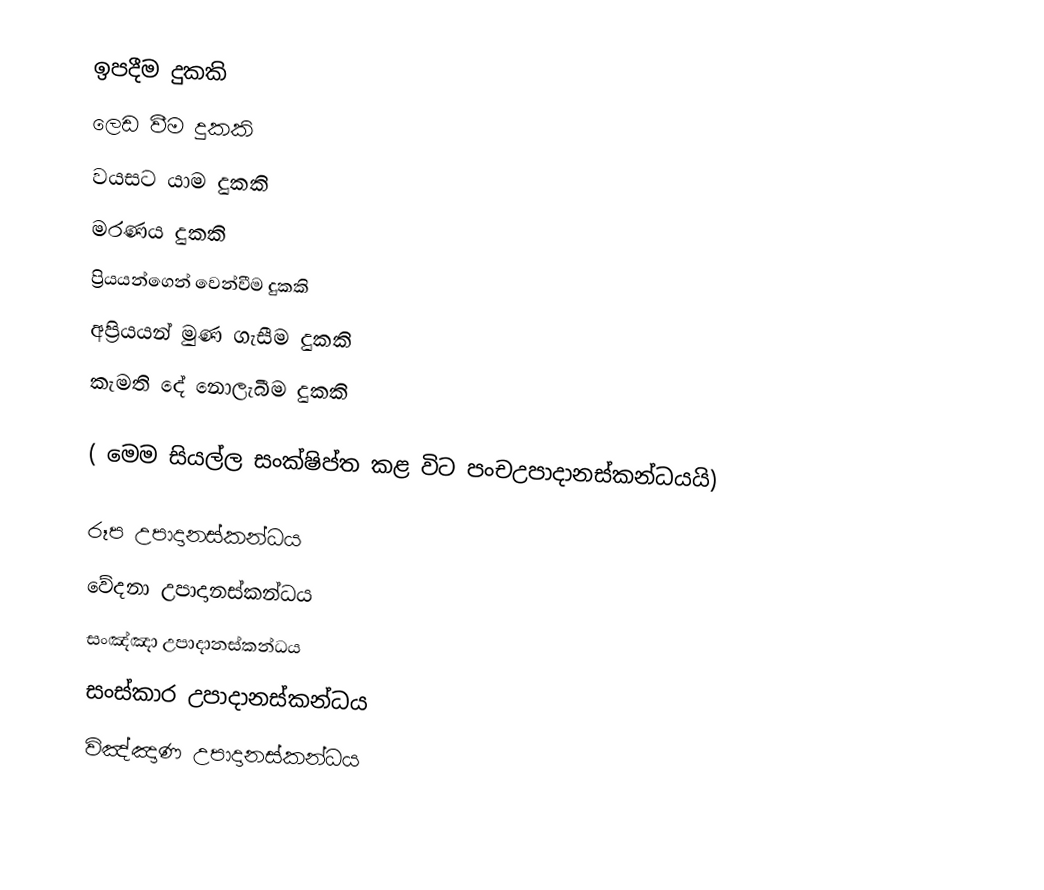
ඉපදීම දුකකි
ලෙඩ වීම දුකකි
වයසට යාම දුකකි
මරණය දුකකි
ප්‍රියයන්ගෙන් වෙන්වීම දුකකි
අප්‍රියයන් මුණ ගැසීම දුකකි
කැමති දේ නොලැබීම දුකකි

( මෙම සියල්ල සංක්ෂිප්ත  කළ විට පංචඋපාදානස්කන්ධයයි)

රූප උපාදානස්කන්ධය
වේදනා උපාදානස්කන්ධය
සංඤ්ඤා උපාදානස්කන්ධය
සංස්කාර උපාදානස්කන්ධය
විඤ්ඤාණ උපාදානස්කන්ධය